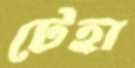
টেহা